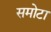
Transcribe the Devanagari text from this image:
समोटा